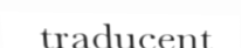
traducent